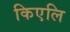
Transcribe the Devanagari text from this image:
किएलि